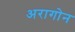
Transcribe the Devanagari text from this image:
अरागोन